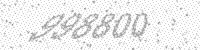
Solution: 998800